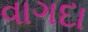
વાગદા